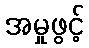
အမှုဖွင့်